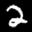
Label: 2